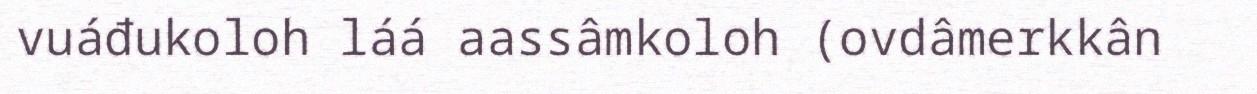
vuáđukoloh láá aassâmkoloh (ovdâmerkkân